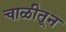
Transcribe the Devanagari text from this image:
चाळीतून